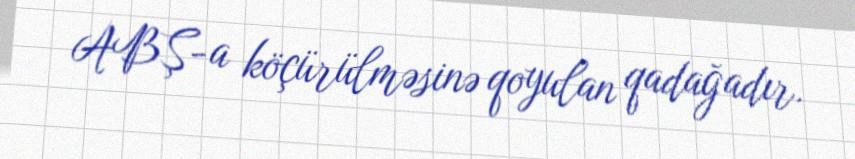
ABŞ-a köçürülməsinə qoyulan qadağadır.